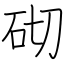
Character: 砌